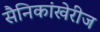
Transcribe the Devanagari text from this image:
सैनिकांखेरीज